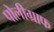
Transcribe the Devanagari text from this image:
पोलीग्राफ